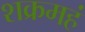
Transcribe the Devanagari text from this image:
शक्रमहं